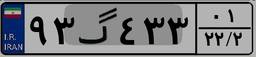
۹۳گ۴۳۳۰۱